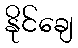
နိုင်ချေ